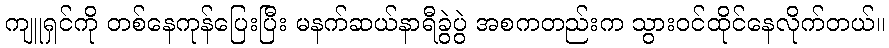
ကျူရှင်ကို တစ်နေကုန်ပြေးပြီး မနက်ဆယ်နာရီခွဲပွဲ အစကတည်းက သွားဝင်ထိုင်နေလိုက်တယ်။